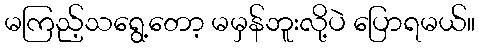
မကြည့်သရွေ့တော့ မမှန်ဘူးလို့ပဲ ပြောရမယ်။